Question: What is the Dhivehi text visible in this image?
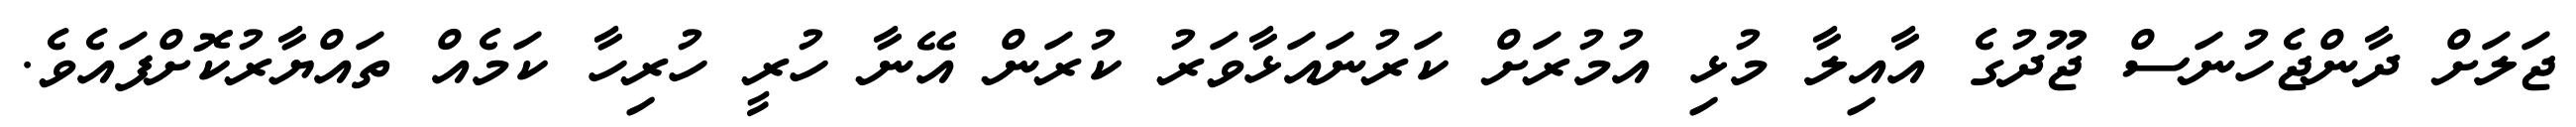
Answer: ޖަލަށް ދާންޖެހުނަސް ޖޫދުގެ އާއިލާ މުޅި އުމުރަށް ކަރުނައަޅާވަރު ކުރަން އޭނާ ހުރީ ހުރިހާ ކަމެއް ތައްޔާރުކޮށްފައެވެ.